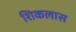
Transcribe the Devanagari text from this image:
शिकलास